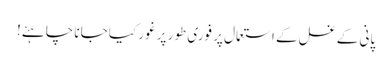
پانی کے غسل کے استعمال پر فوری طور پر غور کیا جانا چاہئے!